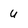
Character: u